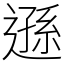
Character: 遜